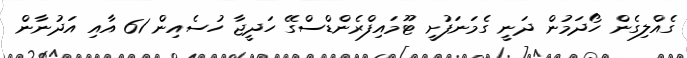
ގެއްލިގެން ހޯދަމުން ދަނީ ގެމަނަފުށީ ޓޫމައިފްރެންޑްސްގޭ ހަދީޖާ ހުސެއިން 61 އާއި އަދުނާން